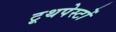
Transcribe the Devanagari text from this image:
टूथपेस्टों